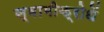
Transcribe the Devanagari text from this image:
स्वामीक्रोधें